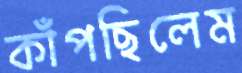
কাঁপছিলেম